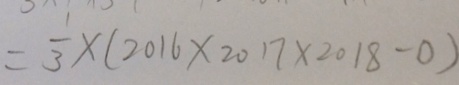
= \frac { 1 } { 3 } \times ( 2 0 1 6 \times 2 0 1 7 \times 2 0 1 8 - 0 )